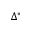
\Delta ^ { * }